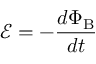
{ \mathcal { E } } = - { \frac { d \Phi _ { \mathrm { B } } } { d t } }